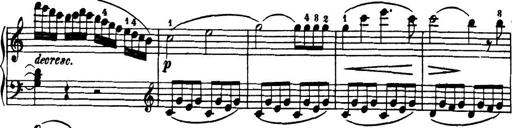
Title: 32 Sonatinas and Rondos for the Piano
Composer: Richard Kleinmichel